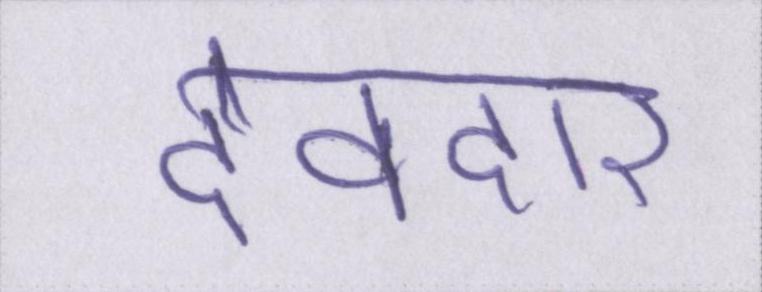
देवदार